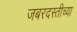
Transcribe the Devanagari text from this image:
जबरदस्तीच्या